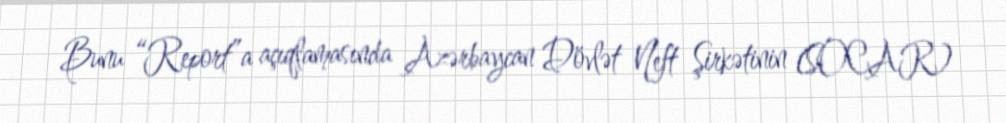
Bunu “Report”a açıqlamasında Azərbaycan Dövlət Neft Şirkətinin (SOCAR)